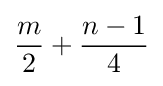
\displaystyle {\frac {m}{2}}+{\frac {n-1}{4}}